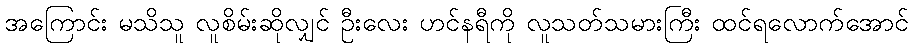
အကြောင်း မသိသူ လူစိမ်းဆိုလျှင် ဦးလေး ဟင်နရီကို လူသတ်သမားကြီး ထင်ရလောက်အောင်